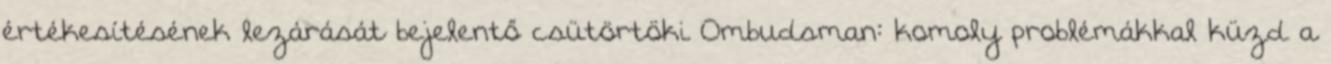
értékesítésének lezárását bejelentő csütörtöki Ombudsman: komoly problémákkal küzd a